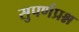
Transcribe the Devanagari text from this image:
सुपर्णप्रश्न